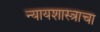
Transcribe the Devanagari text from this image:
न्यायशास्त्राचा